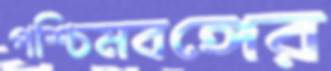
পশ্চিমবঙ্গের